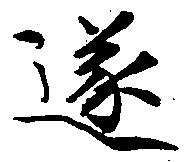
遂